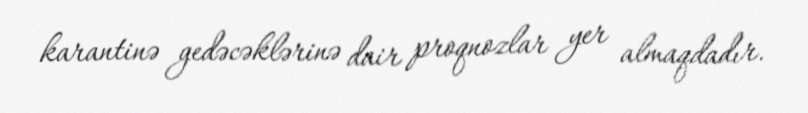
karantinə gedəcəklərinə dair proqnozlar yer almaqdadır.